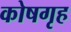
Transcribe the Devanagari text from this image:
कोषगृह